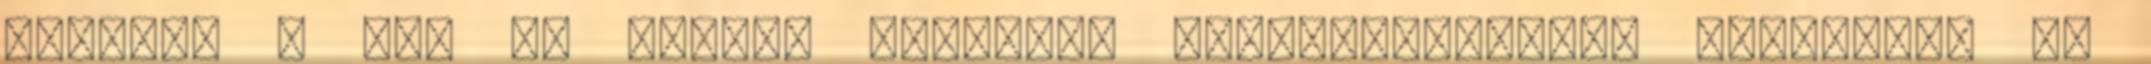
rajongó a CDU új elnöke Hajlandó "szembeszállni" Merkellel is